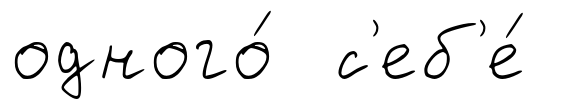
одного́ с'еб'е́